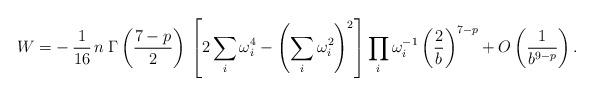
LaTeX: \begin{align*} W=-\,\frac{1}{16}\,n\:\Gamma\left(\frac{7-p}{2}\right)\, \left[2\sum_{i}\omega _i^4-\left(\sum_{i}\omega _i^2\right)^2\right] \prod_{i}\omega _i^{-1}\left(\frac{2}{b}\right)^{7-p} +O\left(\frac{1}{b^{9-p}}\right).\end{align*}